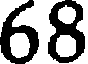
68